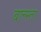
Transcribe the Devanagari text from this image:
बात्त्स्ता